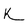
Character: K